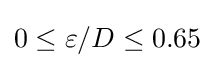
0\leq {\varepsilon /D}\leq 0.65